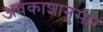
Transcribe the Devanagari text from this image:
अवकाशानुसार